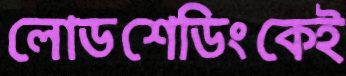
লোডশেডিংকেই